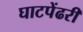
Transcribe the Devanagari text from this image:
घाटपेंढरी